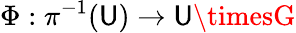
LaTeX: \Phi:\pi^{-1}(\mathsf{U})\to\mathsf{U}\timesG